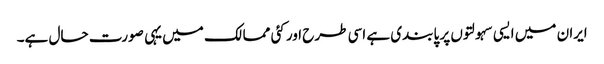
ایران میں ایسی سہولتوں پر پابندی ہے اسی طرح اور کئی ممالک میں یہی صورت حال ہے۔